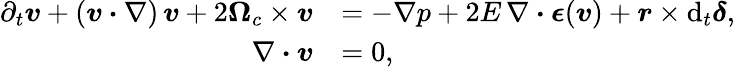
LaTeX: \begin{array}{rl}{\partial_{t}\boldsymbol{v}+(\boldsymbol{v}\boldsymbol{\cdot}\nabla)\, \boldsymbol{v}+2\boldsymbol{\Omega}_{c}\times\boldsymbol{v}}&{=-\nabla p+2E\, \nabla\boldsymbol{\cdot}\boldsymbol{\epsilon}(\boldsymbol{v})+\boldsymbol{r}\times\mathrm{d}_{t}\boldsymbol{\delta},}\\ {\nabla\boldsymbol{\cdot}\boldsymbol{v}}&{=0,}\end{array}